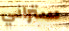
ستراني